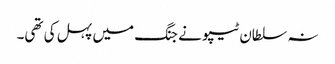
نہ سلطان ٹیپو نے جنگ میں پہل کی تھی۔